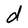
Character: d